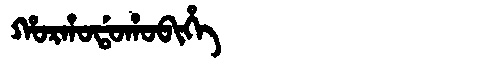
Manchu: ᡥᠣᡵᡥᠣᡩᠣᡥᠣᠪᡳᡥᡝ
Romanization: HORHODOHOBIHE